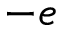
- e